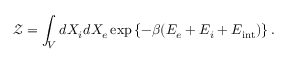
\mathcal { Z } = \int _ { V } d X _ { i } d X _ { e } \exp \left\{ - \beta ( E _ { e } + E _ { i } + E _ { \mathrm { i n t } } ) \right\} .